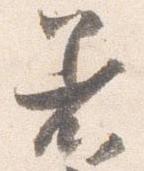
着